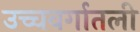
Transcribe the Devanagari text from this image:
उच्चवर्गातली